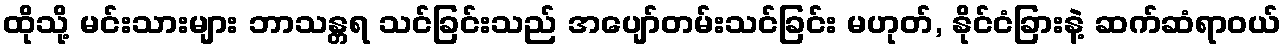
ထိုသို့ မင်းသားများ ဘာသန္တရ သင်ခြင်းသည် အပျော်တမ်းသင်ခြင်း မဟုတ်, နိုင်ငံခြားနဲ့ ဆက်ဆံရာဝယ်